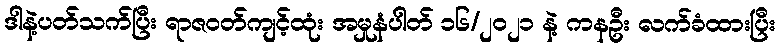
ဒါနဲ့ပတ်သက်ပြီး ရာဇဝတ်ကျင့်ထုံး အမှုနံပါတ် ၁၆/၂၀၂၁ နဲ့ ကနဦး လက်ခံထားပြီး